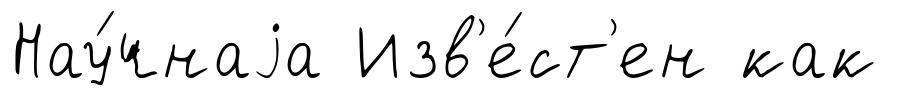
Нау́чнаjа Изв'е́ст'ен как